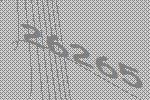
26265